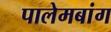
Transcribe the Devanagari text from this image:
पालेमबांग